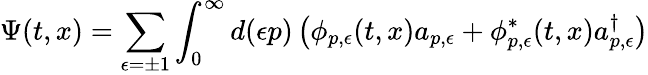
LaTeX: \Psi(t,x)=\sum_{\epsilon=\pm 1}\int_{0}^{\infty}d(\epsilon p)\left(\phi_{p,\epsilon}(t,x)a_{p,\epsilon}+\phi_{p,\epsilon}^{\ast}(t,x)a_{p,\epsilon}^{\dagger}\right)